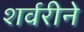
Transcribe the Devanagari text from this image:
शर्वरीने